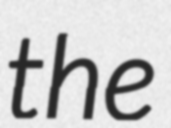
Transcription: the